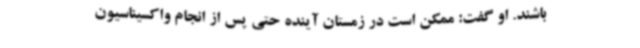
باشند. او گفت: ممکن است در زمستان آینده حتی پس از انجام واکسیناسیون